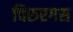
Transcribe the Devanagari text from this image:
चिरुरगस